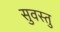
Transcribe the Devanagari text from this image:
सुवस्तु